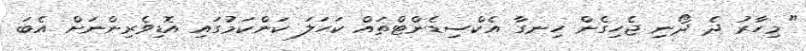
"މިހާރު ދެ ދޯނި ޖެހިގެން ހިނގާ އެކްސިޑެންޓްތައް ކަހަލަ ކަންކަމުގައި އޮޑިވެރިންނަށް އެބަ